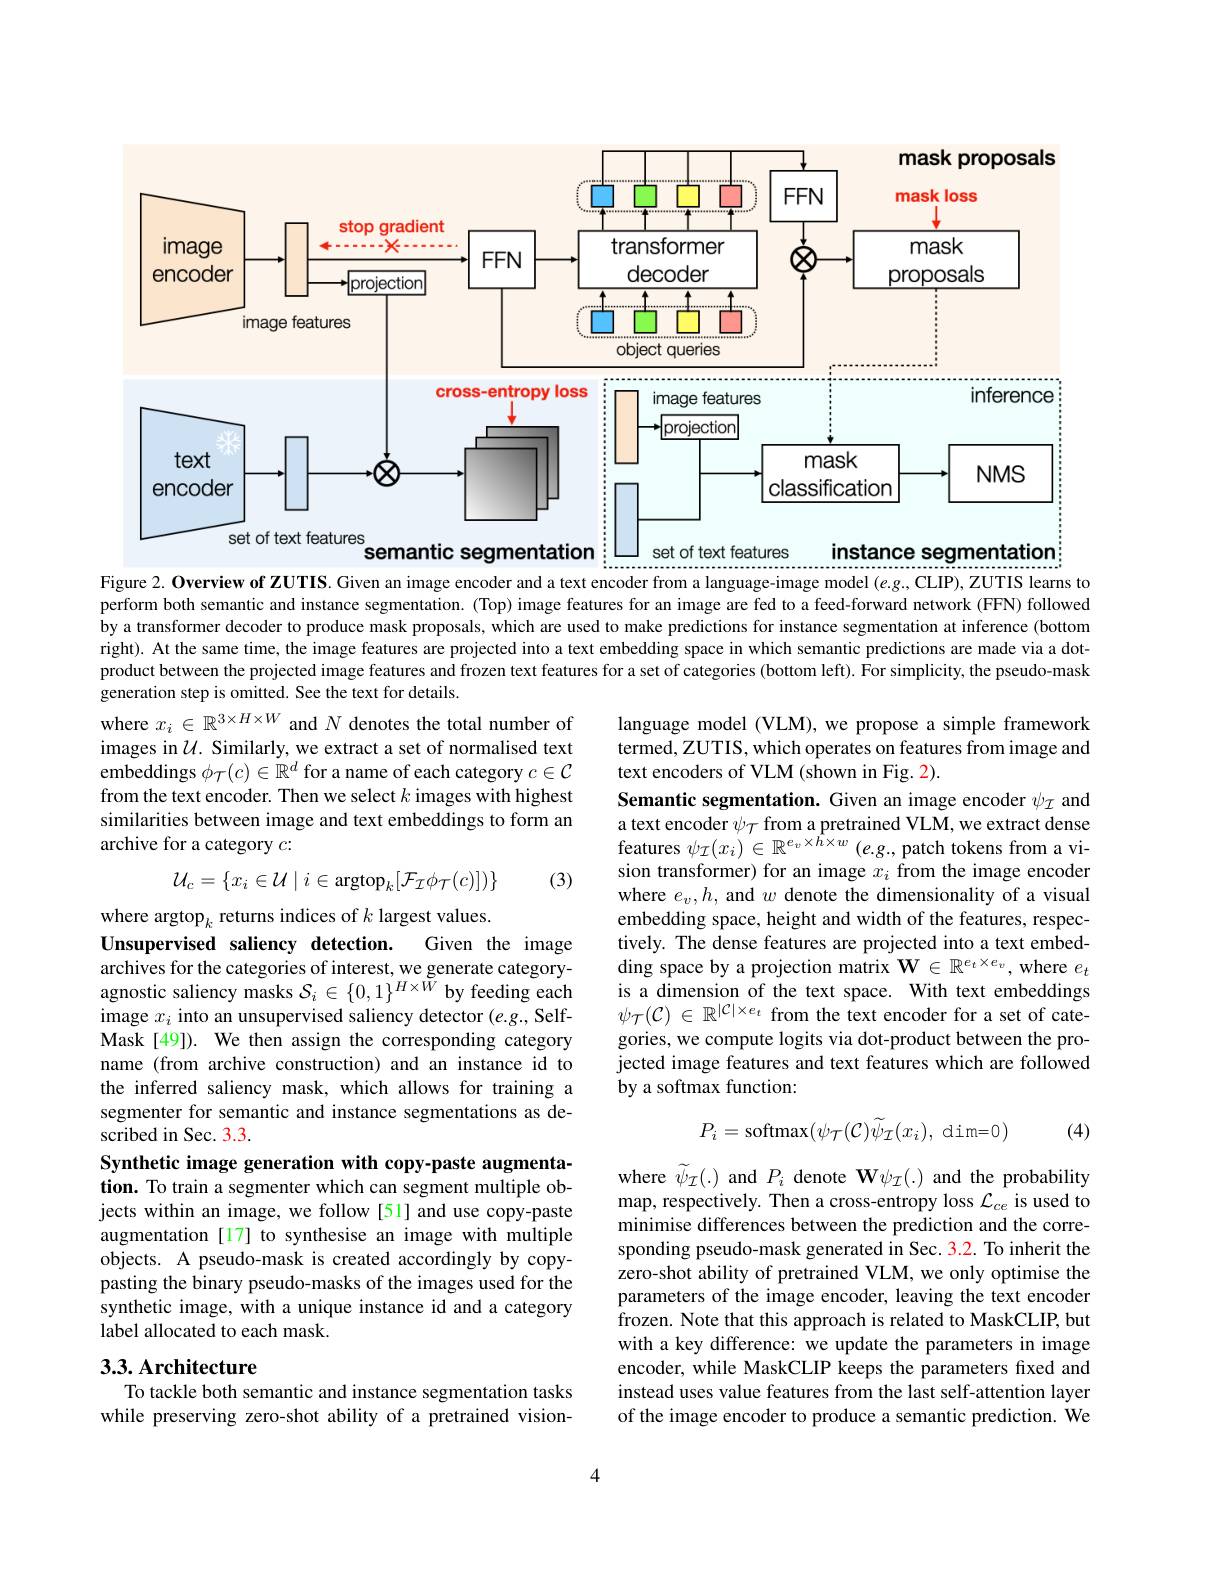
<FigureHere>
Figure 2. Overview of ZUTIS. Given an image encoder and a text encoder from a language-image model $( e. g. $,CLIP),ZUTIS learns to

perform both semantic and instance segmentation. (Top) image features for an image are fed to a feed-forward network (FFN) followed by a transformer decoder to produce mask proposals, which are used to make predictions for instance segmentation at inference (bottom right). At the same time, the image features are projected into a text embedding space in which semantic predictions are made via a dotproduct between the projected image features and frozen text features for a set of categories (bottom left). For simplicity, the pseudo-mask generation step is omitted. See the text for details.
where $x_i\in\mathbb{R}^{3\times H\times W}$ and $N$ denotes the total number of

language model (VLM), we propose a simple framework termed, ZUTIS, which operates on features from image and text encoders of VLM (shown in Fig. 2).

images in $\mathcal{U}.$ Similarly, we extract a set of normalised text embeddings $\phi_\mathcal{T}(c)\in\mathbb{R}^d$ for a name of each category $c\in\mathcal{C}$ from the text encoder. Then we select $k$ images with highest similarities between image and text embeddings to form an archive for a category $c:$

(3)
$$\mathcal{U}_{c}=\{x_{i}\in\mathcal{U}\mid i\in\mathrm{argtop}_{k}[\mathcal{F}_{\mathcal{I}}\phi_{\mathcal{T}}(c)])\}$$
Semantic segmentation. Given an image encoder $\psi_\mathcal{I}$ and $\begin{array}{l}\text{a text encoder }\psi_{\mathcal{T}}\text{ from a pretrained VLM, we extract dense}\\\text{features }\psi_{\mathcal{I}}(x_{i})\in\mathbb{R}^{e_{v}\times h\times w}\left(e.g.,\text{patch tokens from a vi-}\right)\end{array}$ sion transformer) for an image $x_i$ from the image encoder where $e_v,h$, and $w$ denote the dimensionality of a visual embedding space, height and width of the features, respectively. The dense features are projected into a text embedding space by a projection matrix $\mathbf{W}\in\mathbb{R}^{e_t\times e_v}$, where $e_t$ is a dimension of the text space. With text embeddings $\psi \tau ( \mathcal{C} )$ $\in$ $\mathbb{R} ^{| \mathcal{C} | \times e_t}$ from the text encoder for a set of categories, we compute logits via dot-product between the projected image features and text features which are followed by a softmax function:

where argtop$_k$ returns indices of $k$ largest values.
Given the image
Unsupervised saliency detection.
archives for the categories of interest, we generate categoryagnostic saliency masks $\mathcal{S}_i\in\{0,1\}^{H\times W}$ by feeding each image $x_i$ into an unsupervised saliency detector (e.g., SelfMask[49]). We then assign the corresponding category name (from archive construction) and an instance id to the inferred saliency mask, which allows for training a segmenter for semantic and instance segmentations as described in Sec. 3.3.
Synthetic image generation with copy-paste augmentation. To train a segmenter which can segment multiple objects within an image, we follow [51] and use copy-paste augmentation [17] to synthesise an image with multiple objects. A pseudo-mask is created accordingly by copypasting the binary pseudo-masks of the images used for the synthetic image, with a unique instance id and a category label allocated to each mask.
$$P_{i}=\mathrm{softmax}(\psi_{\mathcal{T}}(\mathcal{C})\widetilde{\psi}_{\mathcal{I}}(x_{i}),\:\mathrm{dim=0})$$
(4)

where $\widetilde\psi_{\mathcal I}(.)$ and $P_i$ denote W$\psi_\mathcal{I}(.)$ and the probability map, respectively. Then a cross-entropy loss $\mathcal{L}_ce$ is used to minimise differences between the prediction and the corresponding pseudo-mask generated in Sec. 3.2. To inherit the zero-shot ability of pretrained VLM, we only optimise the parameters of the image encoder, leaving the text encoder frozen. Note that this approach is related to MaskCLIP, but with a key difference: we update the parameters in image encoder, while MaskCLIP keeps the parameters fixed and instead uses value features from the last self-attention layer of the image encoder to produce a semantic prediction. We

## 3.3. Architecture

To tackle both semantic and instance segmentation tasks while preserving zero-shot ability of a pretrained vision-

4